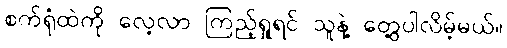
စက်ရုံထဲကို လေ့လာ ကြည့်ရှုရင် သူနဲ့ တွေ့ပါလိမ့်မယ်။